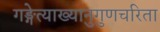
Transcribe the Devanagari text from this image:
गङ्गेत्याख्यानुगुणचरिता